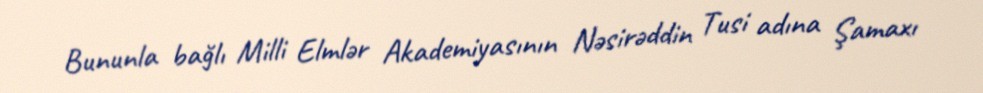
Bununla bağlı Milli Elmlər Akademiyasının Nəsirəddin Tusi adına Şamaxı